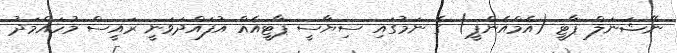
ނޭޝަނަލް ޕާޓީ (އެމްއެންޕީ) ގެ ނަމުގައި ސިޔާސީ ޕާޓީއެއް އުފައްދަވަނީ ރައީސް މުހައްމަދު